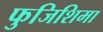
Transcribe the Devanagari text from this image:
फुजिशिमा